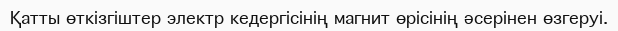
Қатты өткізгіштер электр кедергісінің магнит өрісінің әсерінен өзгеруі.